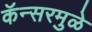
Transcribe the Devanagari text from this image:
कॅन्सरमुळे